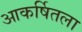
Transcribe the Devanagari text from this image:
आकर्षितला